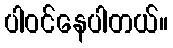
ပါဝင်နေပါတယ်။